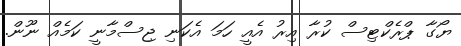
ޔޯގާ ޕްރެކްޓިސް ކުރާ އިރު އެއީ ހަމަ އެކަނި ޖިސްމާނީ ކަމެއް ނޫން.